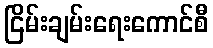
ငြိမ်းချမ်းရေးကောင်စီ